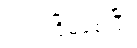
တည်ငြိမ်စေပြီး